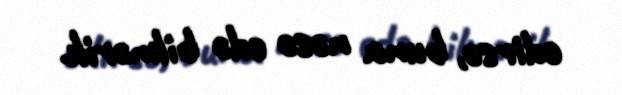
edirsə, buna nəsə edə bilmərik.